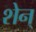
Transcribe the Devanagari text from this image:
शेन्